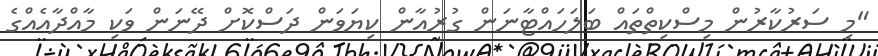
"މި ސަރުކާރުން މިސްކިތްތައް ބަލަހައްޓާނަން ގުރުއާން ކިޔަވަން ދަސްކޮށް ދޭނަން ވަކި މާއްދާއެއްގެ